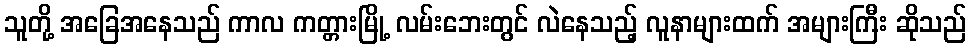
သူတို့ အခြေအနေသည် ကာလ ကတ္တားမြို့ လမ်းဘေးတွင် လဲနေသည့် လူနာများထက် အများကြီး ဆိုသည်